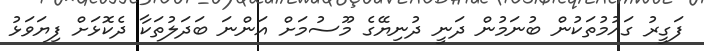
ފަގީރު ގައުމުތަކުން ބުނަމުން ދަނީ ދުނިޔޭގެ މޫސުމަށް އަންނަ ބަދަލުތަކާ ދެކޮޅަށް ފިޔަވަޅު